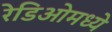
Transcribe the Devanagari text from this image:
रेडिओमध्ये